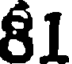
81